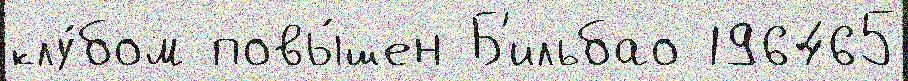
клу́бом повы́шен Б'ильбао 196465